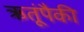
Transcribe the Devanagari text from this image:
ऋतूंपैकी